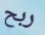
ربح